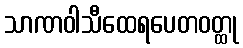
သာဏဝါသီထေရပေတဝတ္ထု